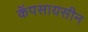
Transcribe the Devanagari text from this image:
कॅपसायसीन